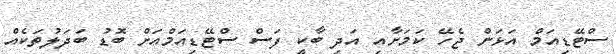
ސްޓޭޑިއަމް އަޅަން ޖެހޭ ކަމަށާއި އަދި ބާކީ ފަސް ސްޓޭޑިއަމްއަށް ބޮޑު ބަދަލުތަކެއް